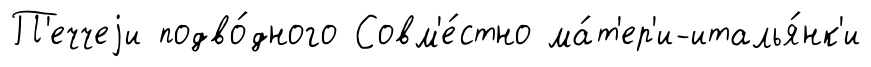
П'еччеjи подво́дного Совм'е́стно ма́т'ер'и-италья́нк'и